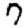
Digit: 7